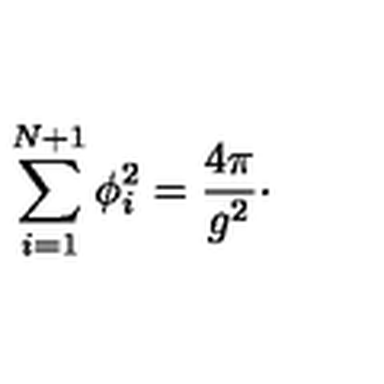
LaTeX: \sum _ { i = 1 } ^ { N + 1 } \phi _ { i } ^ { 2 } = { \frac { 4 \pi } { g ^ { 2 } } } \cdotp